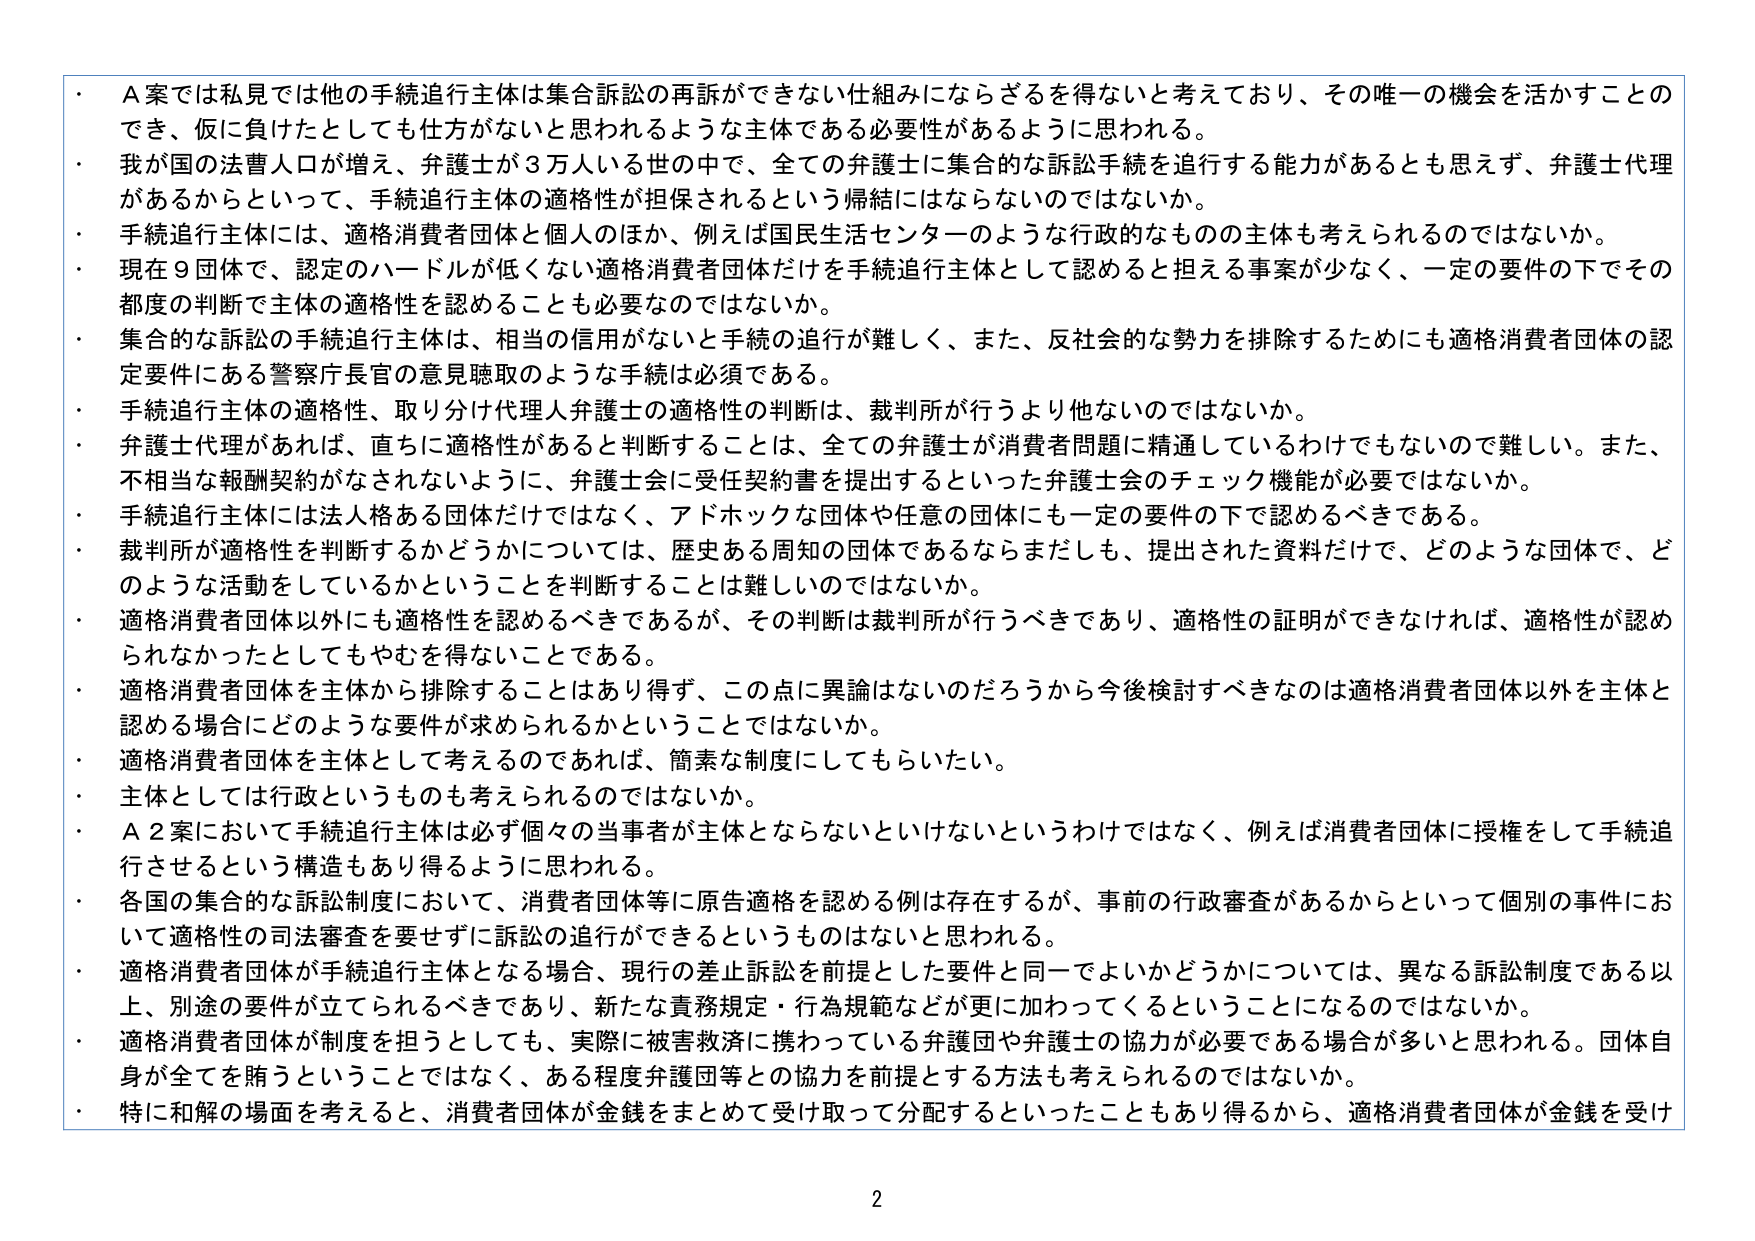
・Ａ案では私見では他の手続追行主体は集合訴訟の再訴ができない仕組みにならざるを得ないと考えており、その唯一の機会を活かすことのでき、仮に負けたとしても仕方がないと思われるような主体である必要性があるように思われる。

・我が国の法曹人口が増え、弁護士が３万人いる世の中で、全ての弁護士に集合的な訴訟手続を追行する能力があるとも思えず、弁護士代理があるからといって、手続追行主体の適格性が担保されるという帰結にはならないのではないか。

・手続追行主体には、適格消費者団体と個人のほか、例えば国民生活センターのような行政的なものの主体も考えられるのではないか。

・現在９団体で、認定のハードルが低くない適格消費者団体だけを手続追行主体として認めると担える事案が少なく、一定の要件の下でその都度の判断で主体の適格性を認めることも必要なのではないか。

・集合的な訴訟の手続追行主体は、相当の信用がないと手続の追行が難しく、また、反社会的な勢力を排除するためにも適格消費者団体の認定要件にある警察庁長官の意見聴取のような手続は必須である。

・手続追行主体の適格性、取り分け代理人弁護士の適格性の判断は、裁判所が行うより他ないのではないか。

・弁護士代理があれば、直ちに適格性があると判断することは、全ての弁護士が消費者問題に精通しているわけでもないので難しい。また、不相当な報酬契約がなされないように、弁護士会に受任契約書を提出するといった弁護士会のチェック機能が必要ではないか。

・手続追行主体には法人格ある団体だけではなく、アドホックな団体や任意の団体にも一定の要件の下で認めるべきである。

・裁判所が適格性を判断するかどうかについては、歴史ある周知の団体であるならまだしも、提出された資料だけで、どのような団体で、どのような活動をしているかということを判断することは難しいのではないか。

・適格消費者団体以外にも適格性を認めるべきであるが、その判断は裁判所が行うべきであり、適格性の証明ができなければ、適格性が認められなかったとしてもやむを得ないことである。

・適格消費者団体を主体から排除することはあり得ず、この点に異論はないのだろうから今後検討すべきなのは適格消費者団体以外を主体と認める場合にどのような要件が求められるかということではないか。

・適格消費者団体を主体として考えるのであれば、簡素な制度にしてもらいたい。

・主体としては行政というのも考えられるのではないか。

・Ａ２案において手続追行主体は必ず個々の当事者が主体とならないといけないというわけではなく、例えば消費者団体に授権をして手続追行させるという構造もあり得るように思われる。

・各国の集合的な訴訟制度において、消費者団体等に原告適格を認める例は存在するが、事前の行政審査があるからといって個別の事件において適格性の司法審査を要せずに訴訟の追行ができるというものはないと思われる。

・適格消費者団体が手続追行主体となる場合、現行の差止訴訟を前提とした要件と同一でよいかどうかについては、異なる訴訟制度である以上、別途の要件が立てられるべきであり、新たな責務規定・行為規範などが更に加わってくるということになるのではないか。

・適格消費者団体が制度を担うとしても、実際に被害救済に携わっている弁護団や弁護士の協力が必要である場合が多いと思われる。団体自身が全てを賄うことではなく、ある程度弁護団等との協力を前提とする方法も考えられるのではないか。

・特に和解の場面を考えると、消費者団体が金銭をまとめて受け取って分配するといったこともあり得るから、適格消費者団体が金銭を受け

2